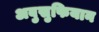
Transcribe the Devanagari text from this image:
अबुसुफियान